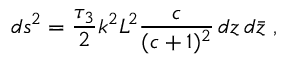
d s ^ { 2 } = { \frac { \tau _ { 3 } } { 2 } } k ^ { 2 } L ^ { 2 } { \frac { c } { ( c + 1 ) ^ { 2 } } } \, d z \, d \bar { z } \ ,